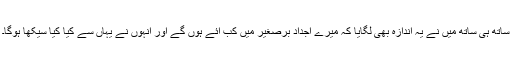
ساتھ ہی ساتھ میں نے یہ اندازہ بھی لگایا کہ میرے اجداد برصغیر میں کب آئے ہوں گے اور انہوں نے یہاں سے کیا کیا سیکھا ہوگا۔